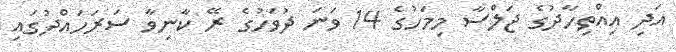
އަދި އިއްތިހާދުގެ ޖަލްސާ މިމަހުގެ 14 ވަނަ ދުވަހުގެ ރޭ ކާނިވާ ސަރަހައްދުގައި